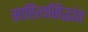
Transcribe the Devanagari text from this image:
साहित्यसिद्धांत